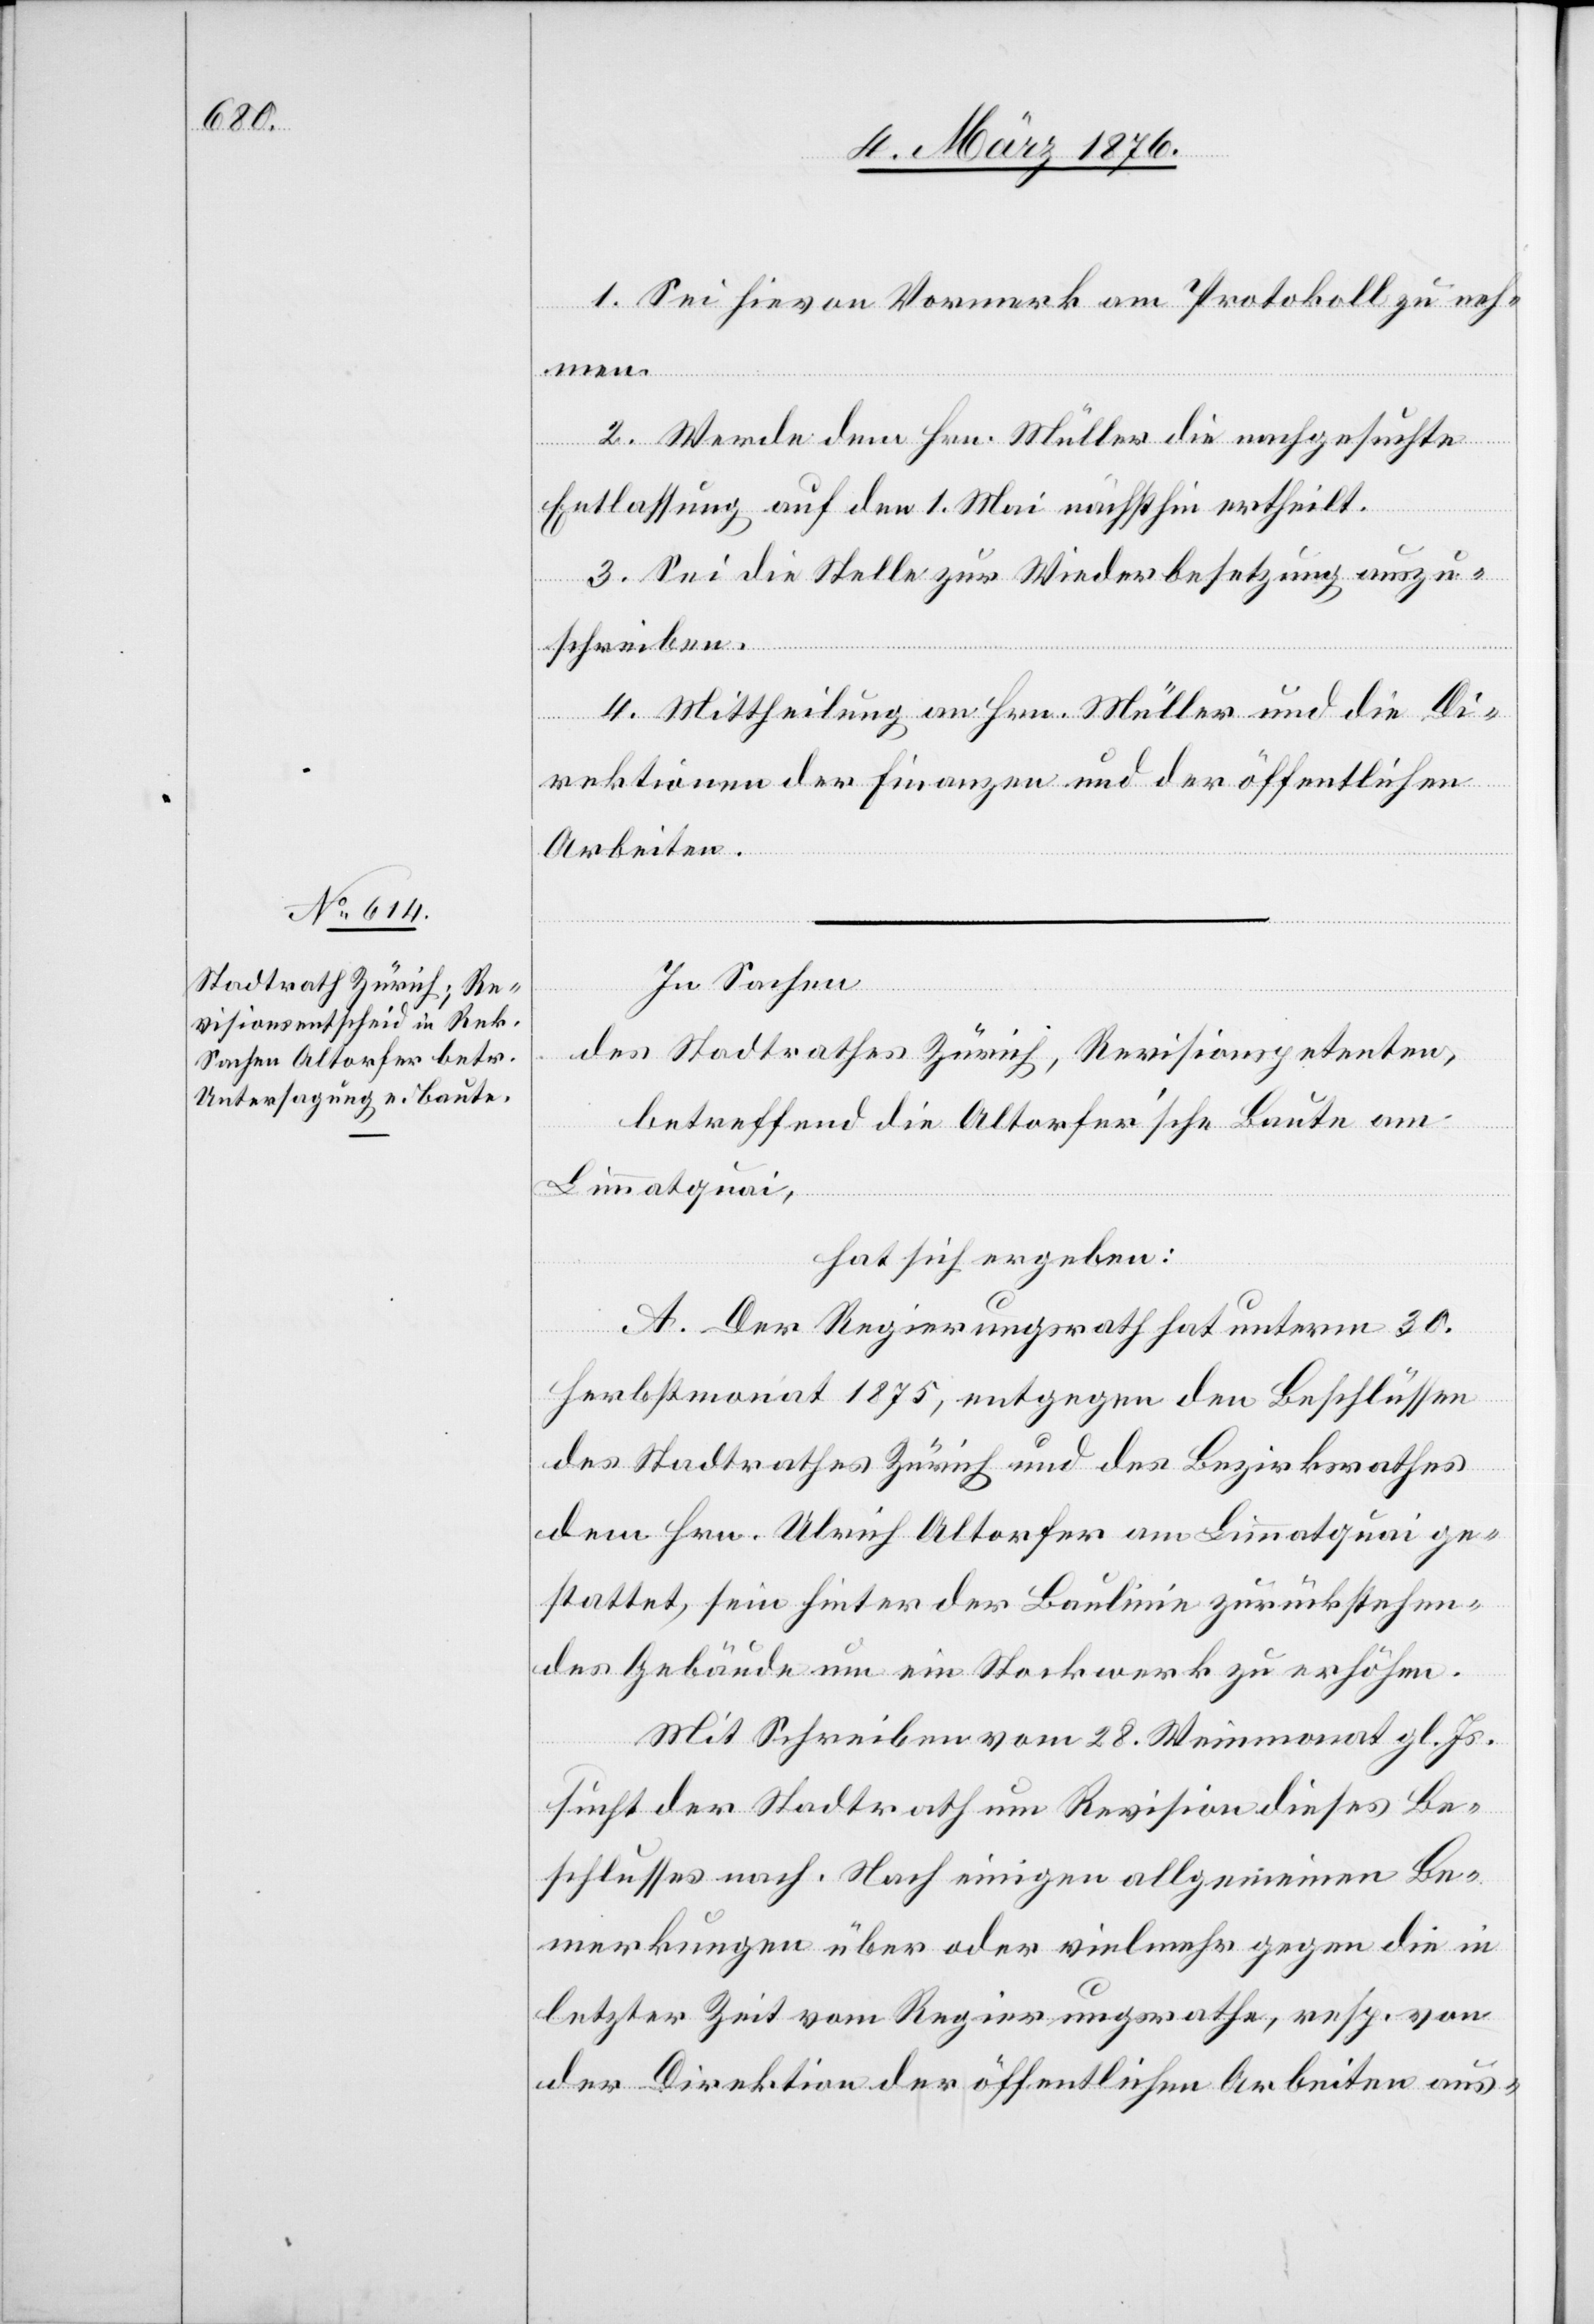
1. Sei hievon Vormerk am Protokoll zu neh¬
men.
2. Werde dem Hrn. Müller die nachgesuchte
Entlassung auf den 1. Mai nächsthin ertheilt.
3. Sei die Stelle zur Wiederbesetzung auszu¬
schreiben.
4. Mittheilung an Hrn. Müller und die Di¬
rektionen der Finanzen und der öffentlichen
Arbeiten.
In Sachen
des Stadtrathes Zürich, Revisionspetenten,
betreffend die Altorfer’sche Baute am
Limmatquai,
hat sich ergeben:
A. Der Regierungsrath hat unterm 30.
Herbstmonat 1875, entgegen den Beschlüssen
des Stadtrathes Zürich und des Bezirksrathes
dem Hrn. Ulrich Altorfer am Limmatquai ge¬
stattet, sein hinter der Baulinie zurückstehen¬
des Gebäude um ein Stockwerk zu erhöhen.
Mit Schreiben vom 28. Weinmonat gl. Js.
sucht der Stadtrath um Revision dieses Be¬
schlusses nach. Nach einigen allgemeinen Be¬
merkungen über oder vielmehr gegen die in
letzter Zeit vom Regierungsrathe, resp. von
der Direktion der öffentlichen Arbeiten aus-